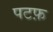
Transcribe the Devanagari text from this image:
पटफ़